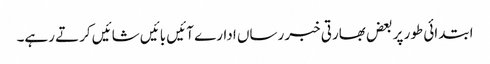
ابتدائی طور پر بعض بھارتی خبر رساں ادارے آئیں بائیں شائیں کرتے رہے۔